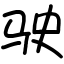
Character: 驶